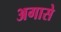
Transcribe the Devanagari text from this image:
अगासे